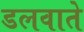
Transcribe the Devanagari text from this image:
डलवाते